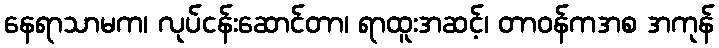
နေရာသာမက၊ လုပ်ငန်းဆောင်တာ၊ ရာထူးအဆင့်၊ တာဝန်ကအစ အကုန်